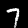
Digit: 7